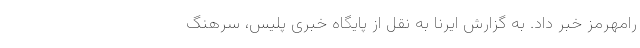
رامهرمز خبر داد. به گزارش ایرنا به نقل از پایگاه خبری پلیس، سرهنگ